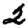
Digit: 2